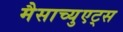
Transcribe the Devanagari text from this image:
मैसाच्युएट्स